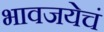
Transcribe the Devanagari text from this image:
भावजयेचं